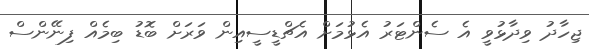
ޖިހާދު ވިދާޅުވީ އެ ސެންޓަރު އެޅުމަށް އެޗްޑީސީއިން ވަރަށް ބޮޑު ބިމެއް ފިނޭންސް